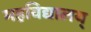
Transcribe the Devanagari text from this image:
महविद्यालय्